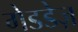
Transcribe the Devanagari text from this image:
गेडडेज़